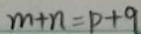
m + n = p + q